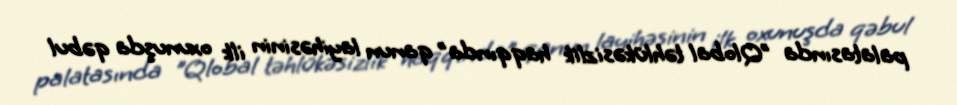
palatasında "Qlobal təhlükəsizlik haqqında" qanun layihəsinin ilk oxunuşda qəbul